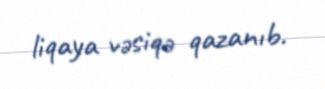
liqaya vəsiqə qazanıb.